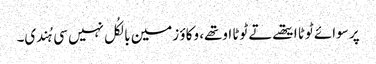
پر سوائے ٹوٹا ایتھے تے ٹوٹا اوتھے، وکاؤ زمین بالکُل نہیں سی ہُندی۔